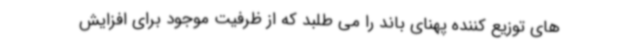
های توزیع کننده پهنای باند را می طلبد که از ظرفیت موجود برای افزایش